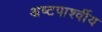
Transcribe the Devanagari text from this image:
अष्टपार्श्वीय